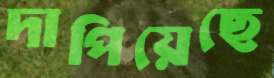
দাপিয়েছে